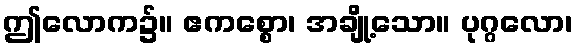
ဤလောက၌။ ဧကစ္စော၊ အချို့သော။ ပုဂ္ဂလော၊